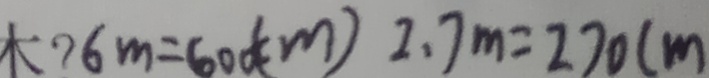
6 m = 6 0 0 ( c m ) 2 . 7 m = 2 7 0 ( m